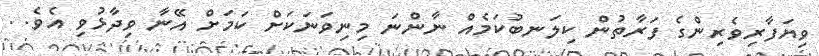
ވިޔަފާރިވެރިންގެ ފަރާތުން ކިލަނބުކަމެއް ނާންނަ މިނިވަނަކަށް ކަމަށް އޭނާ ވިދާާޅުވި އެވެ. .